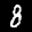
Label: 8